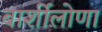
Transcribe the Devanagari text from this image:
बार्शीलोणा